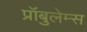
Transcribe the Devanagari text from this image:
प्रॉबुलेम्स